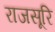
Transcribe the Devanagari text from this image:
राजसूरि